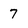
Character: 7